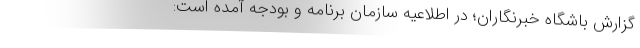
گزارش باشگاه خبرنگاران؛ در اطلاعیه سازمان برنامه و بودجه آمده است: